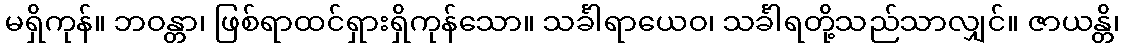
မရှိကုန်။ ဘဝန္တာ၊ ဖြစ်ရာထင်ရှားရှိကုန်သော။ သင်္ခါရာယေဝ၊ သင်္ခါရတို့သည်သာလျှင်။ ဇာယန္တိ၊